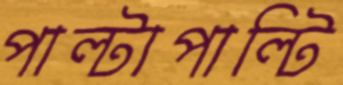
পাল্টাপাল্টি